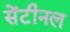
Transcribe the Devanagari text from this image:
सेंटीनल